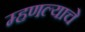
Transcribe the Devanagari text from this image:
म्हणल्याचे